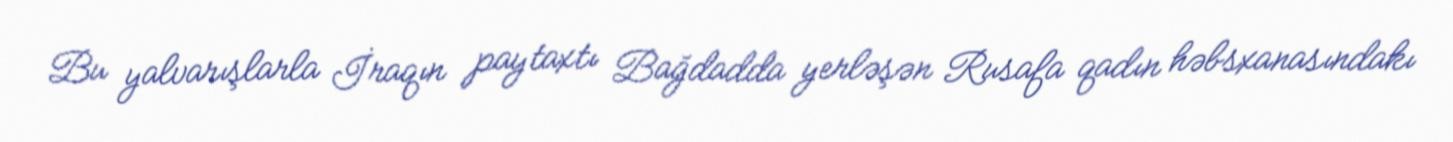
Bu yalvarışlarla İraqın paytaxtı Bağdadda yerləşən Rusafa qadın həbsxanasındakı